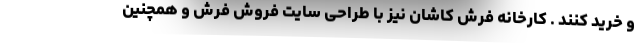
و خرید کنند . کارخانه فرش کاشان نیز با طراحی سایت فروش فرش و همچنین